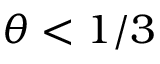
\theta < 1 / 3